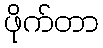
ဖိုက်တာ